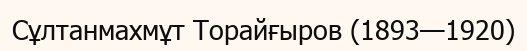
Сұлтанмахмұт Торайғыров (1893—1920)